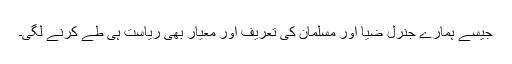
جیسے ہمارے جنرل ضیا اور مسلمان کی تعریف اور معیار بھی ریاست ہی طے کرنے لگی۔